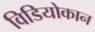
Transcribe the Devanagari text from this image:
विडियोकान